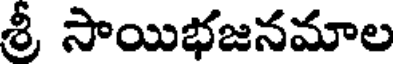
శ్రీ సాయిభజనమాల